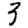
Digit: 3